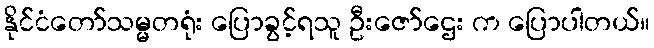
နိုင်ငံတော်သမ္မတရုံး ပြောခွင့်ရသူ ဦးဇော်ဌေး က ပြောပါတယ်။